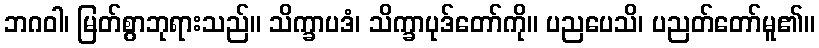
ဘဂဝါ၊ မြတ်စွာဘုရားသည်။ သိက္ခာပဒံ၊ သိက္ခာပုဒ်တော်ကို။ ပညပေသိ၊ ပညတ်တော်မူ၏။